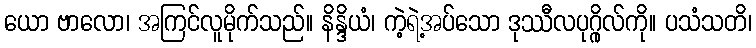
ယော ဗာလော၊ အကြင်လူမိုက်သည်။ နိန္ဒိယံ၊ ကဲ့ရဲ့အပ်သော ဒုဿီလပုဂ္ဂိုလ်ကို။ ပသံသတိ၊